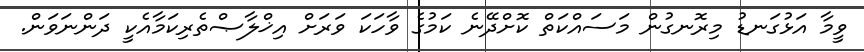
ވީމާ އަޅުގަނޑު މިރޮނގުން މަސައްކަތް ކޮށްދޭނެ ކަމުގެ ވާހަކަ ވަރަށް އިޚްލާޞްތެރިކަމާއެކީ ދަންނަވަން.